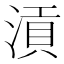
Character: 𣹟